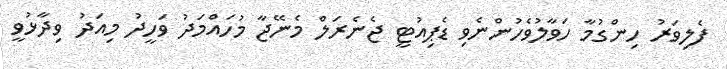
ފެލިވަރު ހިންގުމާ ހަވާލުވެހުންނެވި ޑެޕިއުޓީ ޖެނެރަލް މެނޭޖާ މުހައްމަދު ވަހީދު މިއަދު ވިދާޅުވީ